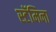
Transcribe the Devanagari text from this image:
स्टॅमिना